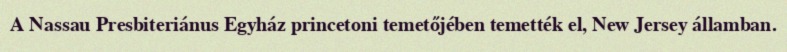
A Nassau Presbiteriánus Egyház princetoni temetőjében temették el, New Jersey államban.